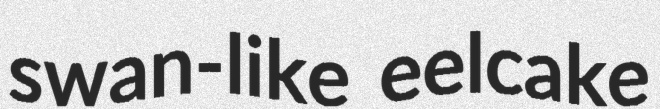
swan-like eelcake